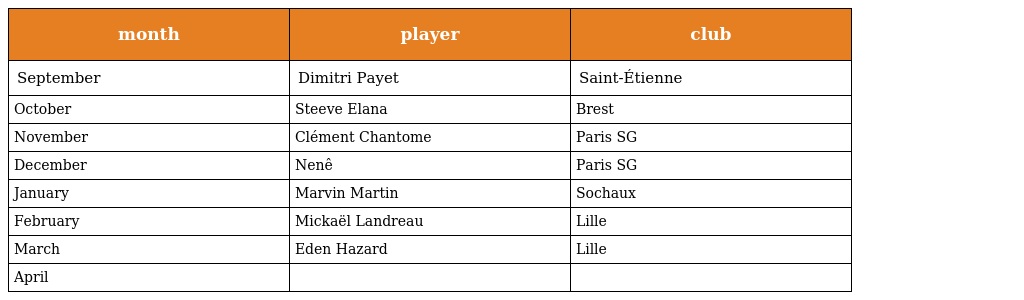
| month | player | club |
 | --- | --- | --- |
 | September | Dimitri Payet | Saint-Étienne |
 | October | Steeve Elana | Brest |
 | November | Clément Chantome | Paris SG |
 | December | Nenê | Paris SG |
 | January | Marvin Martin | Sochaux |
 | February | Mickaël Landreau | Lille |
 | March | Eden Hazard | Lille |
 | April |  |  |